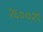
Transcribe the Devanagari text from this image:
१६००१९